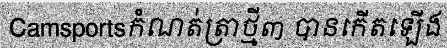
Camsportsកំណត់ត្រាថ្មី៣ បានកើតឡើង